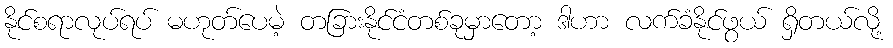
နိုင်စရာလုပ်ရပ် မဟုတ်ပေမဲ့ တခြားနိုင်ငံတစ်ခုမှာတော့ ဒါဟာ လက်ခံနိုင်ဖွယ် ရှိတယ်လို့